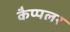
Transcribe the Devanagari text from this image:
कैप्पलर